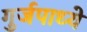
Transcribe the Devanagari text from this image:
गुर्जपाध्ये